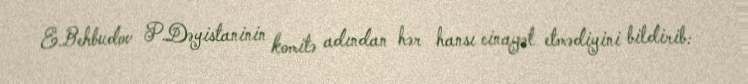
E.Behbudov P.Dəyistaninin komitə adından hər hansı cinayət etmədiyini bildirib: